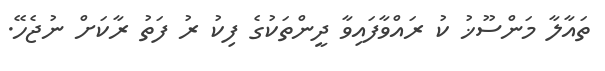
ތައާލާ މަންސޫޚު ކު ރައްވާފައިވާ ދީންތަކުގެ ފިކު ރު ފަތު ރާކަށް ނުޖެހޭ.